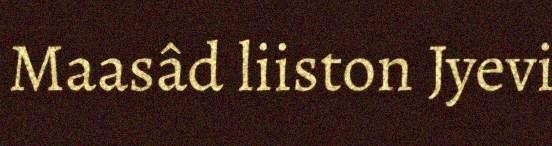
Maasâd liiston Jyevi